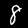
Label: 8